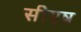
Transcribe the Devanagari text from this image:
सीएन्न